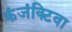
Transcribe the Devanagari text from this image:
कंजंक्टिवा